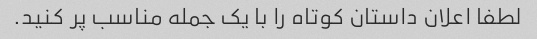
لطفا اعلان داستان کوتاه را با یک جمله مناسب پر کنید.